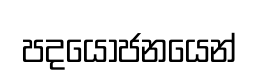
පදයෝජනයෙන්